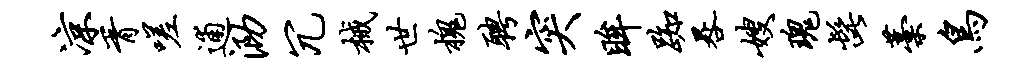
凉胥嗟逋泐冗械世槐聘突眸踟晷嫂瑰髭藁鸟